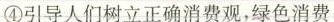
④引导人们树立正确消费观，绿色消费